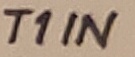
Text: T1IN